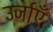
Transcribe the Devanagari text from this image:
उर्जाएँ